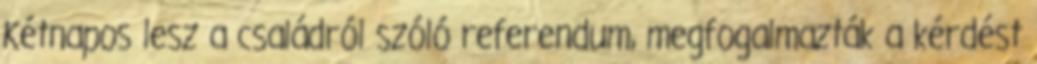
Kétnapos lesz a családról szóló referendum, megfogalmazták a kérdést